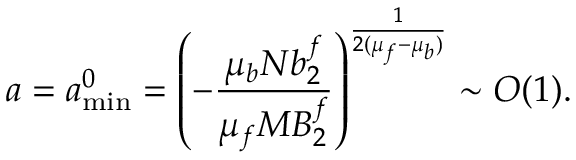
a = a _ { \mathrm { m i n } } ^ { 0 } = \left( - { \frac { \mu _ { b } N b _ { 2 } ^ { f } } { \mu _ { f } M B _ { 2 } ^ { f } } } \right) ^ { \frac { 1 } { 2 ( \mu _ { f } - \mu _ { b } ) } } \sim { \cal O } ( 1 ) .